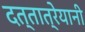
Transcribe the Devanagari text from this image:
दत्तात्रेयानी